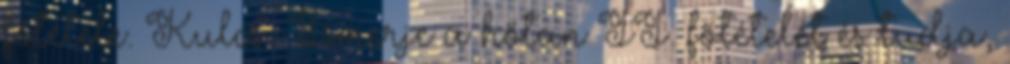
főtétele. Kulcs Ismerje a hőtan II. főtételét és tudja,